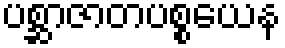
ပစ္ဆာဇာတပစ္စယေန